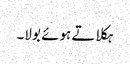
ہکلاتے ہوئے بولا۔